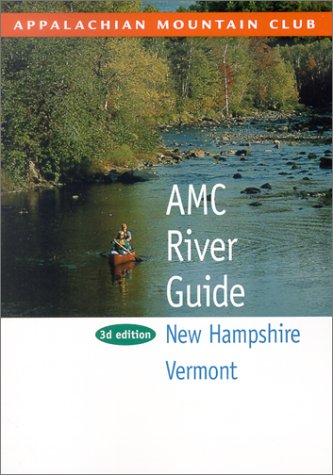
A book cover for AMC River Guide New Hampshire & Vermont, 3rd (AMC River Guide Series); Appalachian Mountain Club Books; Travel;